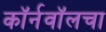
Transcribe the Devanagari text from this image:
कॉर्नवॉलचा